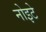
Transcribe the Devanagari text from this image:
नोइटे